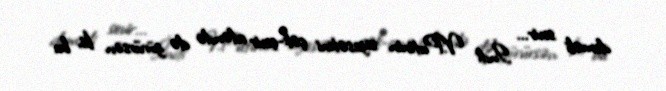
deməli sevir... İndi V.Putinin siyasətini çək-çevir edəndə də görürsən ki, bu